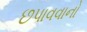
છપાવવાનો